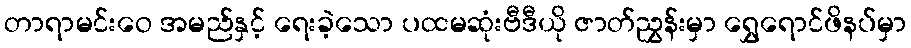
တာရာမင်းဝေ အမည်နှင့် ရေးခဲ့သော ပထမဆုံးဗီဒီယို ဇာတ်ညွှန်းမှာ ရွှေရောင်ဖိနပ်မှာ